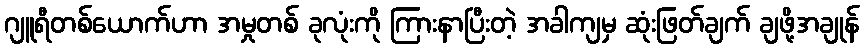
ဂျူရီတစ်ယောက်ဟာ အမှုတစ် ခုလုံးကို ကြားနာပြီးတဲ့ အခါကျမှ ဆုံးဖြတ်ချက် ချဖို့အချုန်